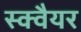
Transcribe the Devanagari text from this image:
स्‍क्‍वैयर